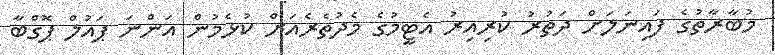
މުބާރާތުގެ ފައިނަލަށް ދަތުރު ކުރިއިރު އެޓީމުގެ މެދުތެރެއަށް ކުޅެމުން އަންނަ ޕައުލް ޕޮގްބާ